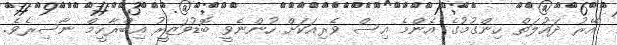
އޭރު ދައުލަތް ހިންގުމުގެ އެންމެ އިސް ވެރިއަކަށް ހުންނެވީ ބޮޑުވަޒީރު އިބްރާހީމް ނާސިރެވެ.